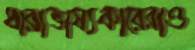
ধারাভাষ্যকারেরাও